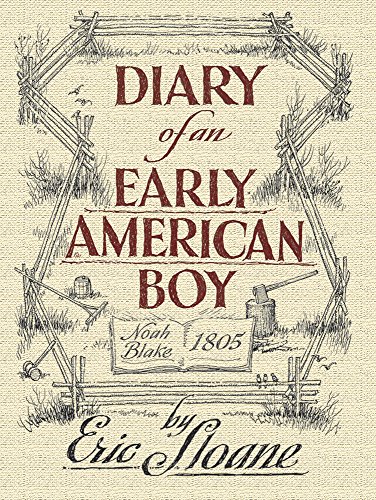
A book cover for Diary of an Early American Boy: Noah Blake 1805 (Dover Books on Americana); Eric Sloane; Humor & Entertainment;